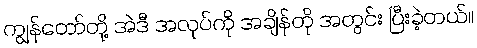
ကျွန်တော်တို့ အဲဒီ အလုပ်ကို အချိန်တို အတွင်း ပြီးခဲ့တယ်။